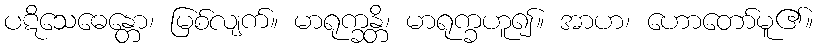
ပဋိသေဓေန္တော၊ မြစ်လျက်။ မာရုက္ခန္တိ၊ မာရုက္ခဟူ၍။ အာဟ၊ ဟောတော်မူ၏။